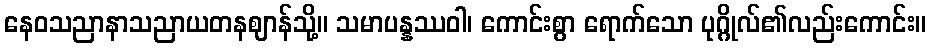
နေဝသညာနာသညာယတနဈာန်သို့။ သမာပန္နဿဝါ၊ ကောင်းစွာ ရောက်သော ပုဂ္ဂိုလ်၏လည်းကောင်း။